Report on plague and inoculation in the Punjab from October 1st ... to September 30th..., being the ... season of plague in the province
Disease focus: Plague
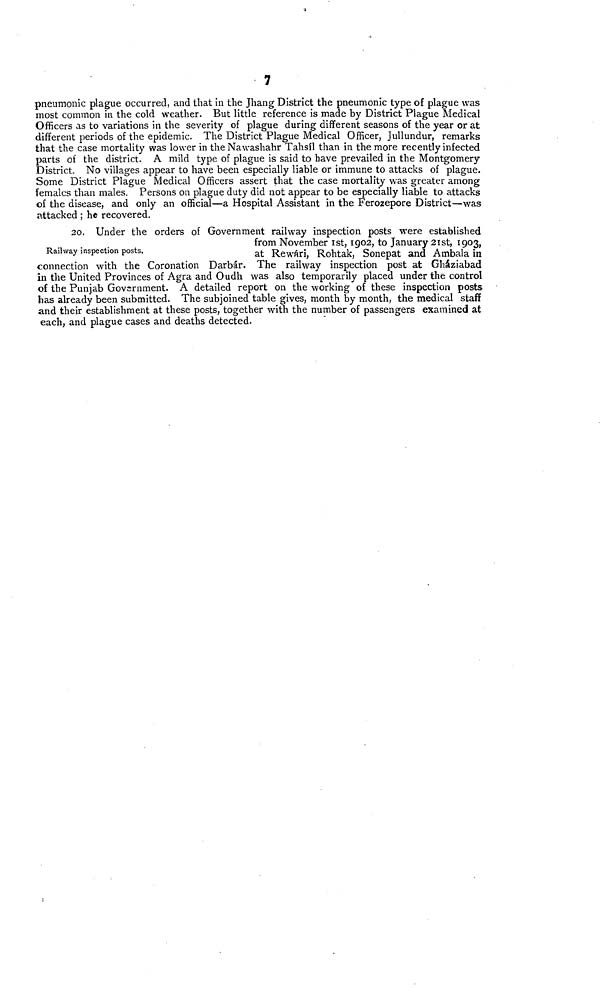
7
pneumonic plague occurred, and that in the Jhang District the pneumonic type of plague was
most common in the cold weather. But little reference is made by District Plague Medical
Officers as to variations in the severity of plague during different seasons of the year or at
different periods of the epidemic. The District Plague Medical Officer, Jullundur, remarks
that the case mortality was lower in the Nawashahr Tahsil than in the more recently infected
parts of the district. A mild type of plague is said to have prevailed in the Montgomery
District. No villages appear to have been especially liable or immune to attacks of plague.
Some District Plague Medical Officers assert that the case mortality was greater among
females than males. Persons on plague duty did not appear to be especially liable to attacks
of the disease, and only an official—a Hospital Assistant in the Ferozepore District—was
attacked ; he recovered.
Railway inspection posts.
20. Under the orders of Government railway inspection posts were established
from November 1st, 1902, to January 21st, 1903,
at Rewári, Rohtak, Sonepat and Ambala in
connection with the Coronation Darbár. The railway inspection post at Gháziabad
in the United Provinces of Agra and Oudh was also temporarily placed under the control
of the Punjab Government. A detailed report on the working of these inspection posts
has already been submitted. The subjoined table gives, month by month, the medical staff
and their establishment at these posts, together with the number of passengers examined at
each, and plague cases and deaths detected.